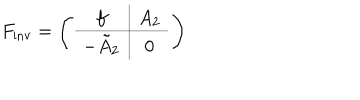
F _ { \textrm { i n v } } = \left( \begin{array} { c | c } { { f } } & { { A _ { 2 } } } \\ \hline { { - \tilde { A } _ { 2 } } } & { { 0 } } \\ \end{array} \right)